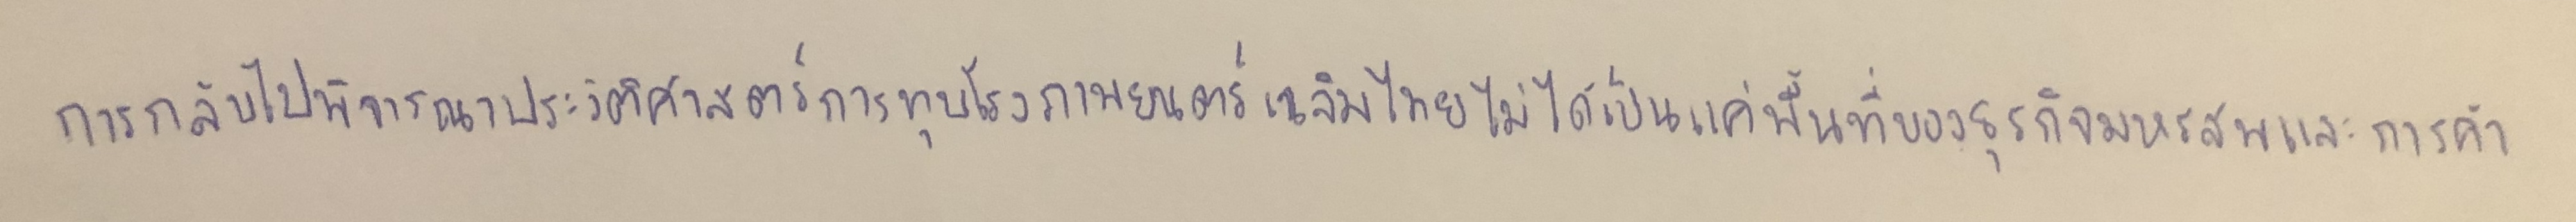
การกลับไปพิจารณาประวัติศาสตร์การทุบโรงภาพยนตร์เฉลิมไทยไม่ได้เป็นแค่พื้นที่ของธุรกิจมหรสพและการค้า